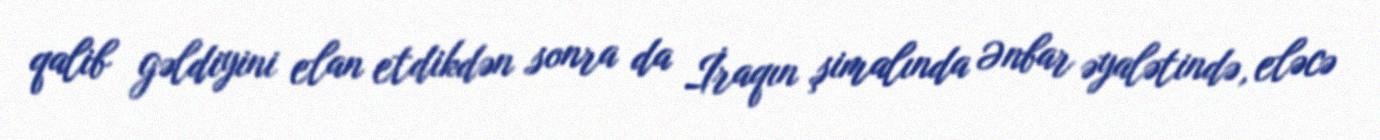
qalib gəldiyini elan etdikdən sonra da İraqın şimalında Ənbar əyalətində, eləcə